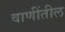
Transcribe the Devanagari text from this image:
वाणींतील